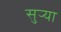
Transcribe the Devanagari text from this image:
सुर्‍या